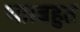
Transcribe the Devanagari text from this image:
था।बहुत